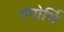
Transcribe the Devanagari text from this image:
गंगोर्भि